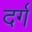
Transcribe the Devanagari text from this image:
दर्ग